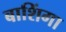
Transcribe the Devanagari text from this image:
बाशिंगा